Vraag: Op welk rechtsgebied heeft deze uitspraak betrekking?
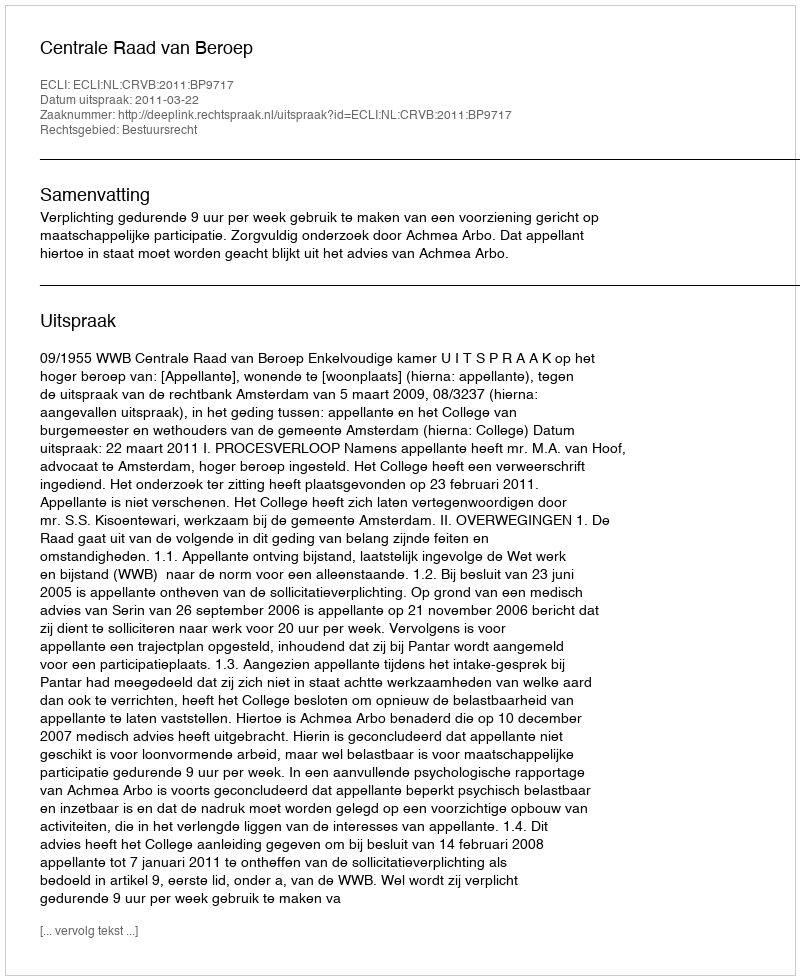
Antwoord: Bestuursrecht